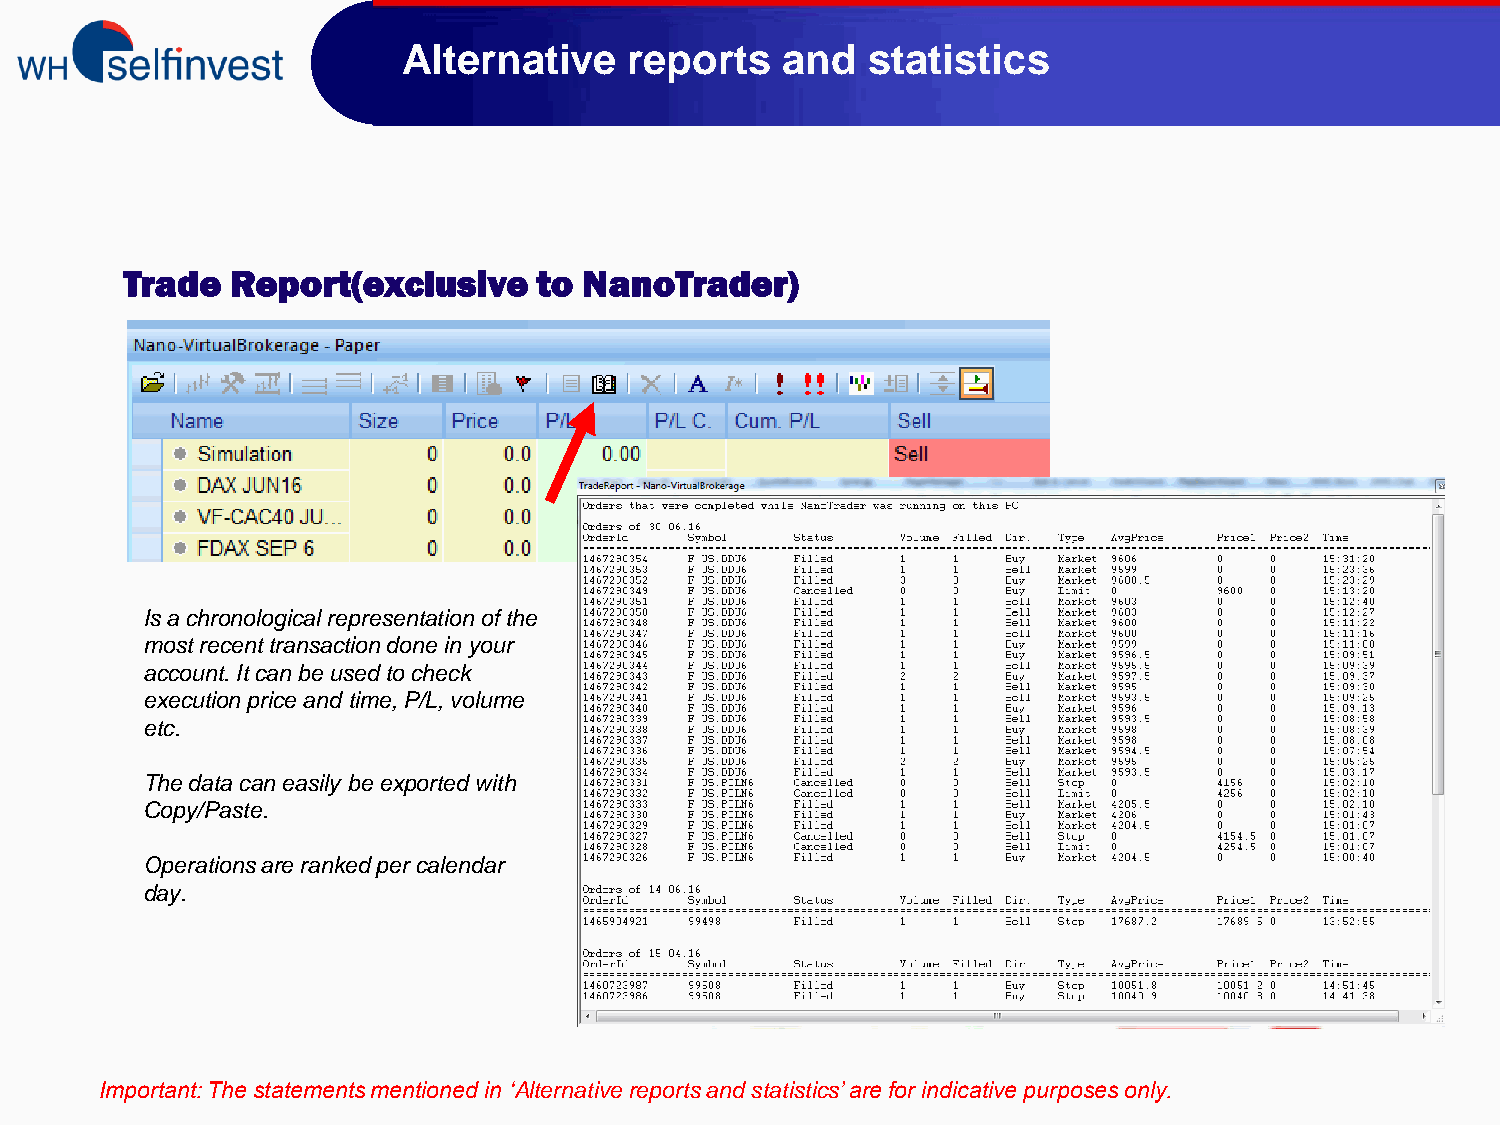
Alternative    reports   and   statistics
 Trade  Report(exclusive     to NanoTrader)
 Is a chronological representation of the
 most recent transaction done in your
 account. It can be used to check
 execution price and time, P/L, volume
 etc.
 The data can easily be exported with
 Copy/Paste.
 Operations are ranked per calendar
 day.
 Important: The statements mentioned in ‘Alternative reports and statistics’ are for indicative purposes only.